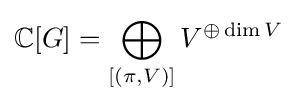
\mathbb {C} [G]=\bigoplus _{[(\pi ,V)]}V^{\oplus \dim V}